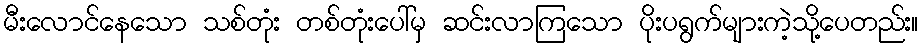
မီးလောင်နေသော သစ်တုံး တစ်တုံးပေါ်မှ ဆင်းလာကြသော ပိုးပရွက်များကဲ့သို့ပေတည်း။